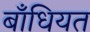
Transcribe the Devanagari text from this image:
बाँधियत